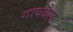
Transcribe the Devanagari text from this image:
गायबैल